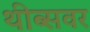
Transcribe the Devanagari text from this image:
थीब्सवर